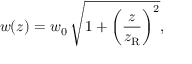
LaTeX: w ( z ) = w _ { 0 } \, { \sqrt { 1 + { \left( { \frac { z } { z _ { \mathrm { R } } } } \right) } ^ { 2 } } } ,